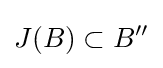
J(B)\subset B^{\prime \prime }